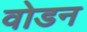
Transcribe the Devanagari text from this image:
वोडन